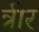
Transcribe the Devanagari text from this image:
त्रीर